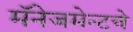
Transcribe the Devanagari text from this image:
मॅनेजमेन्टचे